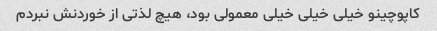
کاپوچینو خیلی خیلی خیلی معمولی بود، هیچ لذتی از خوردنش نبردم